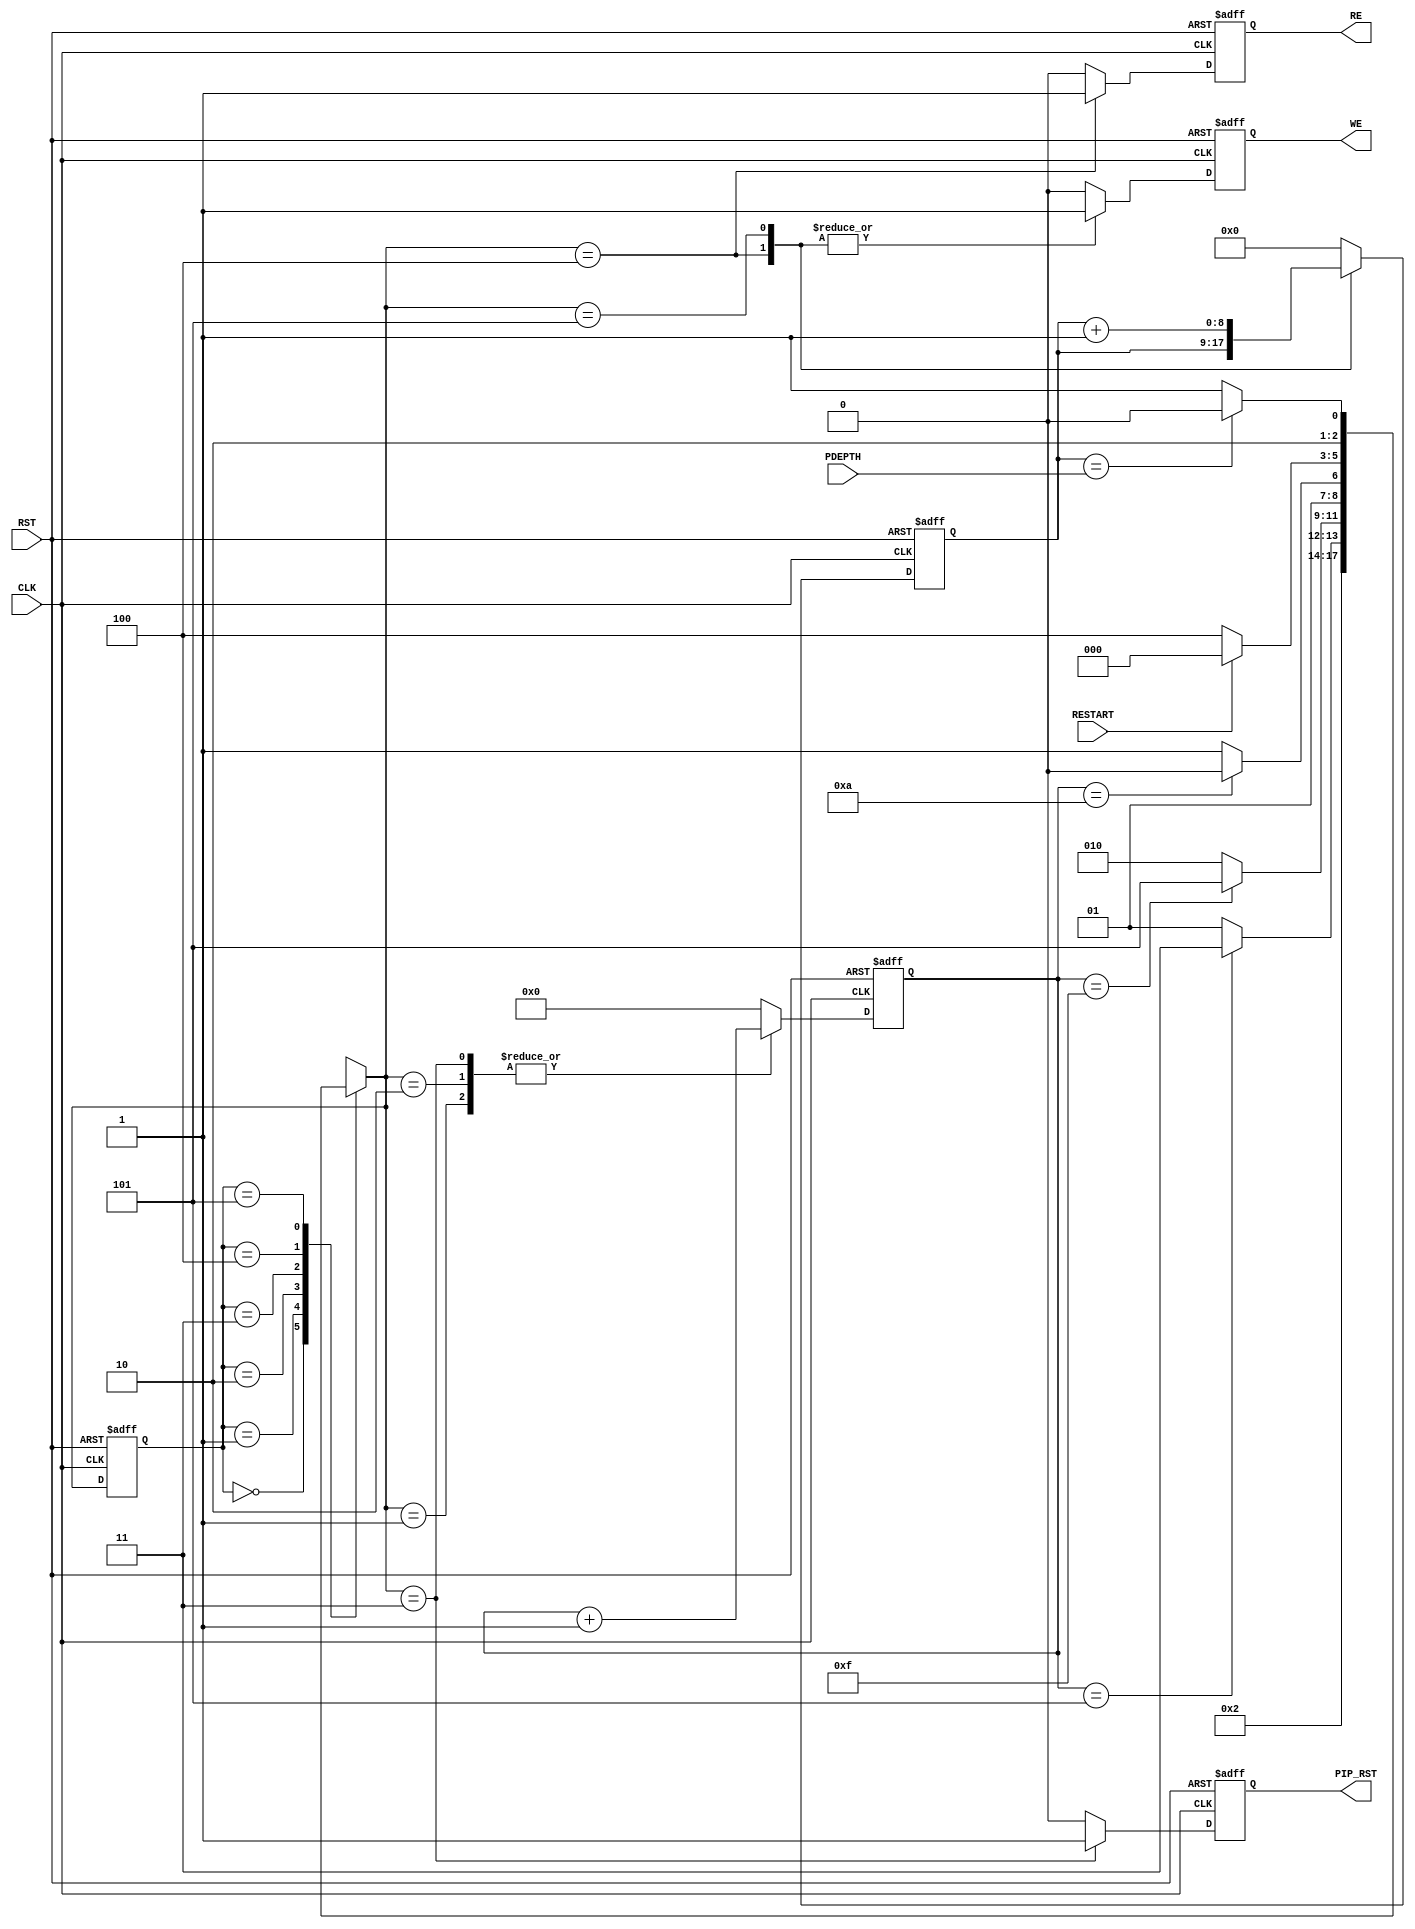

// Created by fizzim_tmr.pl version $Revision: 4.44 on 2014:08:26 at 12:20:44 (www.fizzim.com)

module Pipe_Start_FSM (
  output reg PIP_RST,
  output reg RE,
  output reg WE,
  input CLK,
  input wire [8:0] PDEPTH,
  input RESTART,
  input RST 
);

  // state bits
  parameter 
  Idle       = 3'b000, 
  Clear      = 3'b001, 
  Pause      = 3'b010, 
  Reset_Pipe = 3'b011, 
  Run        = 3'b100, 
  Start_Pipe = 3'b101; 

  reg [2:0] state;

  reg [2:0] nextstate;

  reg [3:0] hold;
  reg [8:0] wcnt;

  // comb always block
  always @* begin
    nextstate = 3'bxxx; // default to x because default_state_is_x is set
    case (state)
      Idle      :                      nextstate = Clear;
      Clear     : if (hold == 4'd5)    nextstate = Reset_Pipe;
                  else                 nextstate = Clear;
      Pause     : if (hold == 4'd15)   nextstate = Start_Pipe;
                  else                 nextstate = Pause;
      Reset_Pipe: if (hold == 4'd10)   nextstate = Pause;
                  else                 nextstate = Reset_Pipe;
      Run       : if (RESTART)         nextstate = Idle;
                  else                 nextstate = Run;
      Start_Pipe: if (wcnt == PDEPTH)  nextstate = Run;
                  else                 nextstate = Start_Pipe;
    endcase
  end

  // Assign reg'd outputs to state bits

  // sequential always block
  always @(posedge CLK or posedge RST) begin
    if (RST)
      state <= Idle;
    else
      state <= nextstate;
  end

  // datapath sequential always block
  always @(posedge CLK or posedge RST) begin
    if (RST) begin
      PIP_RST <= 0;
      RE <= 0;
      WE <= 0;
      hold <= 4'h0;
      wcnt <= 9'h000;
    end
    else begin
      PIP_RST <= 0; // default
      RE <= 0; // default
      WE <= 0; // default
      hold <= 4'h0; // default
      wcnt <= 9'h000; // default
      case (nextstate)
        Clear     :        hold <= hold + 1;
        Pause     :        hold <= hold + 1;
        Reset_Pipe: begin
                           PIP_RST <= 1;
                           hold <= hold + 1;
        end
        Run       : begin
                           RE <= 1;
                           WE <= 1;
                           wcnt <= wcnt;
        end
        Start_Pipe: begin
                           WE <= 1;
                           wcnt <= wcnt + 1;
        end
      endcase
    end
  end

  // This code allows you to see state names in simulation
  `ifndef SYNTHESIS
  reg [79:0] statename;
  always @* begin
    case (state)
      Idle      : statename = "Idle";
      Clear     : statename = "Clear";
      Pause     : statename = "Pause";
      Reset_Pipe: statename = "Reset_Pipe";
      Run       : statename = "Run";
      Start_Pipe: statename = "Start_Pipe";
      default   : statename = "XXXXXXXXXX";
    endcase
  end
  `endif

endmodule